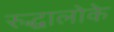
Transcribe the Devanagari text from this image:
रुद्धालोके